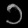
Digit: ၁